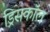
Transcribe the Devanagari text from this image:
ड्रिसकॉल